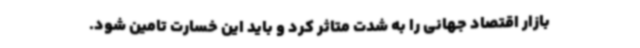
بازار اقتصاد جهانی را به شدت متاثر کرد و باید این خسارت تامین شود.